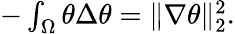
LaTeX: \begin{array}{r}{-\int_{\Omega}\theta\Delta\theta=\| \nabla\theta\| _{2}^{2}.}\end{array}